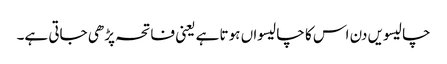
چالیسویں دن اس کا چالیسواں ہوتا ہے یعنی فاتحہ پڑھی جاتی ہے۔